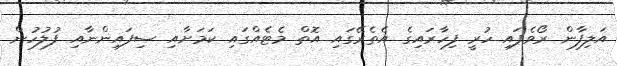
އަލިފާން ރޯވެފައި ހުރީ ފިހާރައިގެ އެތެރޭގައި އޮތް މެޓެއްގައި ކަމަށާއި ސިފައިންނާއި ފުލުހުން